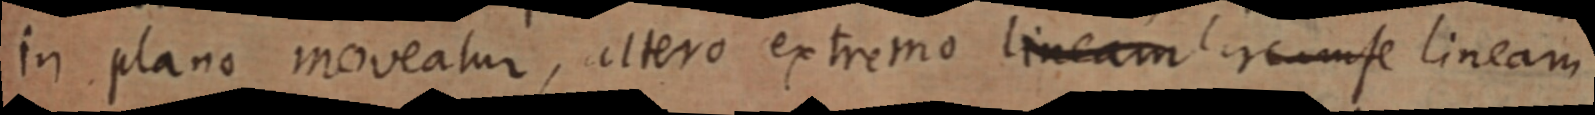
in plano moveatur, altero extremo lineam circumse lineam